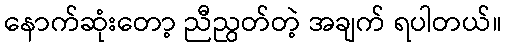
နောက်ဆုံးတော့ ညီညွတ်တဲ့ အချက် ရပါတယ်။